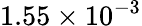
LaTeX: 1.55\times 10^{-3}